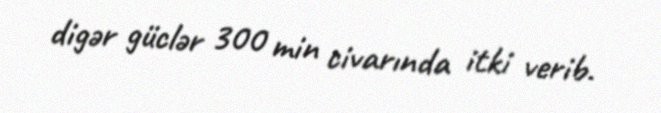
digər güclər 300 min civarında itki verib.